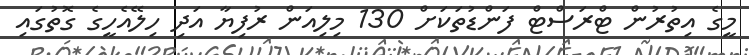
މީގެ އިތުރުން ޓްރަސްޓް ފަންޑުތަކަށް 130 މިލިއަން ރުފިޔާ އަދި ހިލޭއެހީގެ ގޮތުގައި